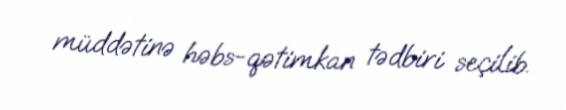
müddətinə həbs-qətimkan tədbiri seçilib.